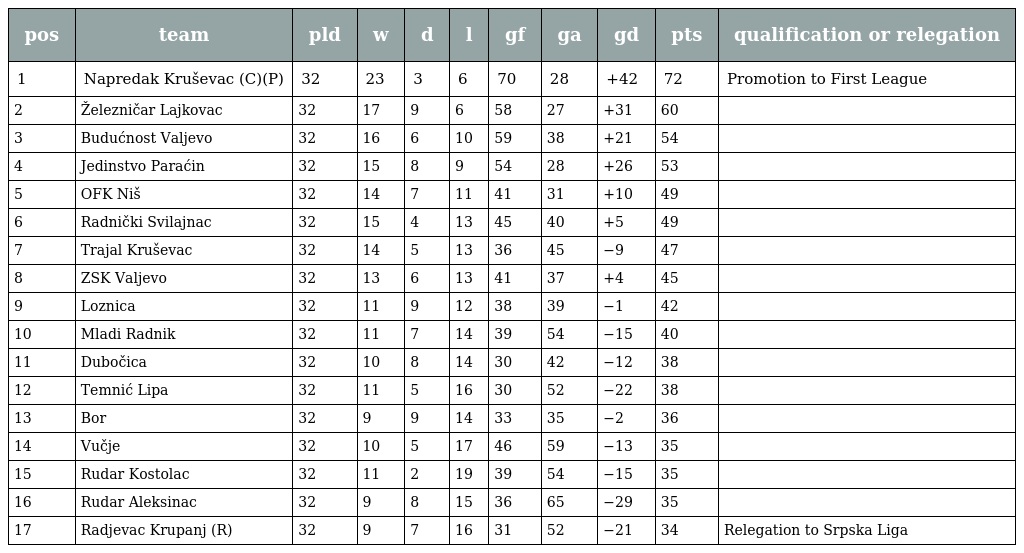
| pos | team | pld | w | d | l | gf | ga | gd | pts | qualification or relegation |
 | --- | --- | --- | --- | --- | --- | --- | --- | --- | --- | --- |
 | 1 | Napredak Kruševac (C)(P) | 32 | 23 | 3 | 6 | 70 | 28 | +42 | 72 | Promotion to First League |
 | 2 | Železničar Lajkovac | 32 | 17 | 9 | 6 | 58 | 27 | +31 | 60 |  |
 | 3 | Budućnost Valjevo | 32 | 16 | 6 | 10 | 59 | 38 | +21 | 54 |  |
 | 4 | Jedinstvo Paraćin | 32 | 15 | 8 | 9 | 54 | 28 | +26 | 53 |  |
 | 5 | OFK Niš | 32 | 14 | 7 | 11 | 41 | 31 | +10 | 49 |  |
 | 6 | Radnički Svilajnac | 32 | 15 | 4 | 13 | 45 | 40 | +5 | 49 |  |
 | 7 | Trajal Kruševac | 32 | 14 | 5 | 13 | 36 | 45 | −9 | 47 |  |
 | 8 | ZSK Valjevo | 32 | 13 | 6 | 13 | 41 | 37 | +4 | 45 |  |
 | 9 | Loznica | 32 | 11 | 9 | 12 | 38 | 39 | −1 | 42 |  |
 | 10 | Mladi Radnik | 32 | 11 | 7 | 14 | 39 | 54 | −15 | 40 |  |
 | 11 | Dubočica | 32 | 10 | 8 | 14 | 30 | 42 | −12 | 38 |  |
 | 12 | Temnić Lipa | 32 | 11 | 5 | 16 | 30 | 52 | −22 | 38 |  |
 | 13 | Bor | 32 | 9 | 9 | 14 | 33 | 35 | −2 | 36 |  |
 | 14 | Vučje | 32 | 10 | 5 | 17 | 46 | 59 | −13 | 35 |  |
 | 15 | Rudar Kostolac | 32 | 11 | 2 | 19 | 39 | 54 | −15 | 35 |  |
 | 16 | Rudar Aleksinac | 32 | 9 | 8 | 15 | 36 | 65 | −29 | 35 |  |
 | 17 | Radjevac Krupanj (R) | 32 | 9 | 7 | 16 | 31 | 52 | −21 | 34 | Relegation to Srpska Liga |